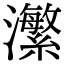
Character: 瀿